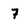
Character: 7